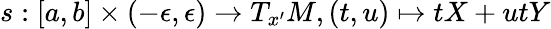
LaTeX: s:[a,b]\times(-\epsilon,\epsilon)\rightarrow T_{x^{\prime}}M,(t,u)\mapsto tX+utY